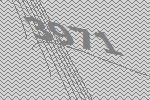
3971